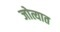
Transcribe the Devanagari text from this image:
जोत्यात